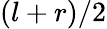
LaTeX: (l+r)/2